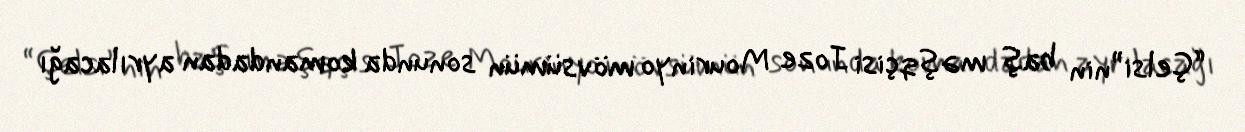
“Çelsi”nin baş məşqçisi Joze Mourinyo mövsümün sonunda komandadan ayrılacağı